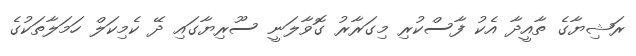
ރަޝިޔާގެ ތާއީދާ އެކު ފާސްކުރި މިގަރާރު ގޮވާލަނީ ސޫރިޔާގައި ދޭ ކެމިކަލް ހަމަލާތަކުގެ